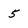
Character: 5